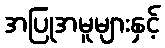
အပြုအမူများနှင့်